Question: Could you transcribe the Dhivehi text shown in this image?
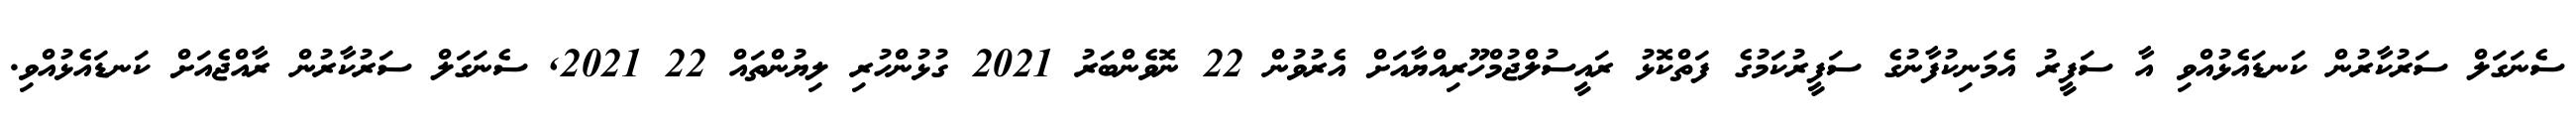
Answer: ސެނަގަލް ސަރުކާރުން ކަނޑައެޅުއްވި އާ ސަފީރު އެމަނިކުފާނުގެ ސަފީރުކަމުގެ ފަތްކޮޅު ރައީސުލްޖުމްހޫރިއްޔާއަށް އެރުވުން 22 ނޮވެންބަރު 2021 ގުޅުންހުރި ލިޔުންތައް 22 2021, ސެނަގަލް ސަރުކާރުން ރާއްޖެއަށް ކަނޑައެޅުއްވި.